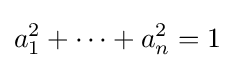
a_{1}^{2}+\cdots +a_{n}^{2}=1